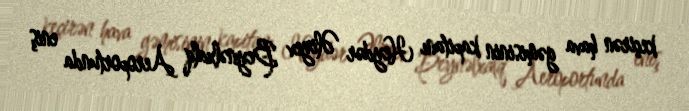
keçirən hava gəmisinin kapitanı Heydər Əliyev Beynəlxalq Aeroportunda eniş